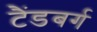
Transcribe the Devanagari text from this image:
टैंडबर्ग